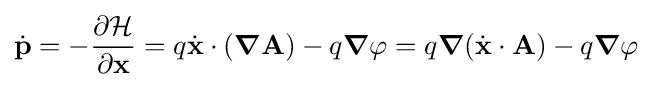
{\dot {\mathbf {p} }}=-{\frac {\partial {\mathcal {H}}}{\partial \mathbf {x} }}=q{\dot {\mathbf {x} }}\cdot ({\boldsymbol {\nabla }}\mathbf {A} )-q{\boldsymbol {\nabla }}\varphi =q{\boldsymbol {\nabla }}({\dot {\mathbf {x} }}\cdot \mathbf {A} )-q{\boldsymbol {\nabla }}\varphi